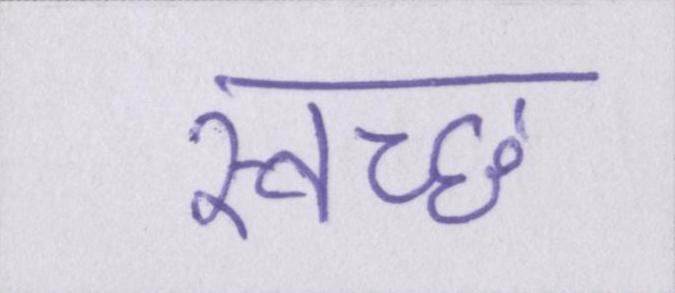
स्वच्छ